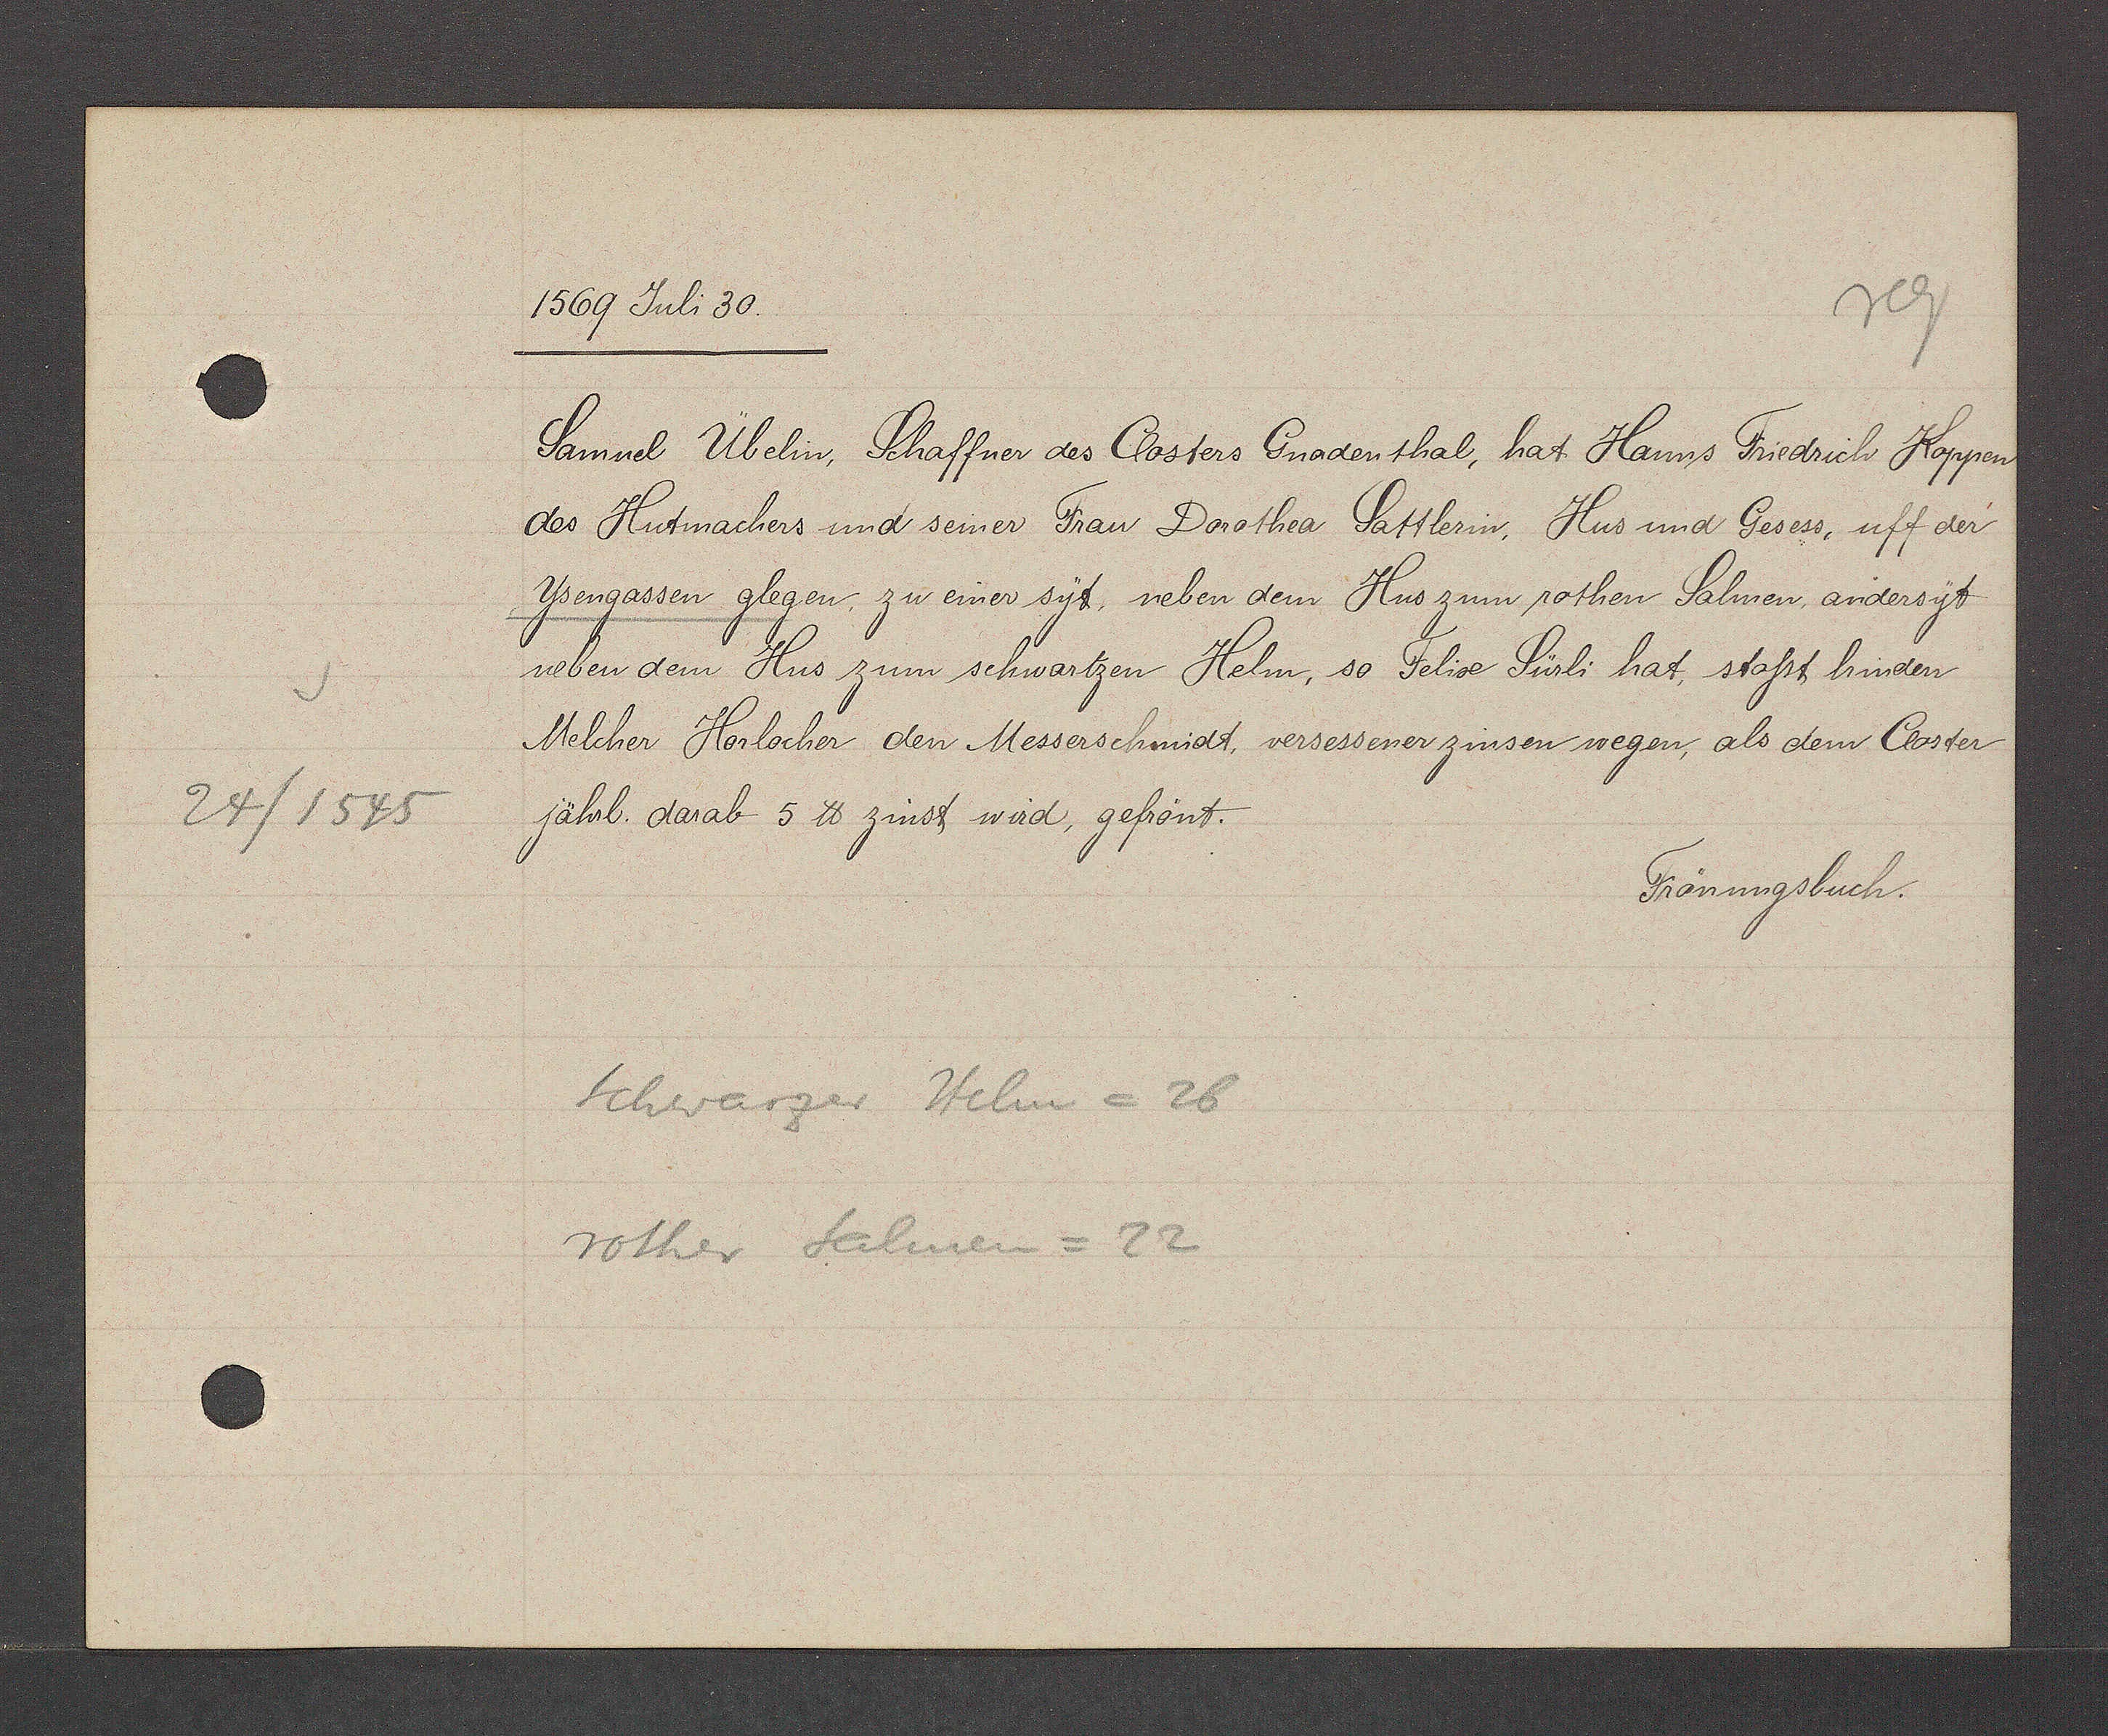
Transcript:
24/1545

1569 Juli 30.
Samuel Übelin, Schaffner des Closters Gnadenthal, hat Hanns Friedrich Koppen
des Hutmachers und seiner Frau Dorothea Sattlerin, Hus und Gesess. uff der
Ysengassen glegen, zu einer syt, neben dem Hus zum rothen Salmen, andersyt
neben dem Hus zum schwartzen Helm, so Felix Sürli hat, stosst hinden
Melcher Horlocher den Messerschmidt, versessener zinsen wegen, als dem Closter
jährl. darab 5 ℔ zinst wird, gefrönt.
Frönungsbuch.
Schwarzer Helm = 26
rother Salmen =22